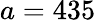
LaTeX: a=435